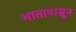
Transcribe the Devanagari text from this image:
भातापासून